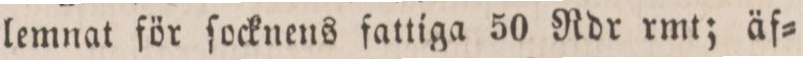
lemnat för ſocknens fattiga 50 Rdr rmt; äf=